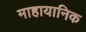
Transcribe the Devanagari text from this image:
माहायानिक